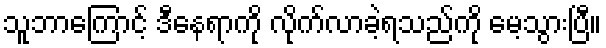
သူဘာကြောင့် ဒီနေရာကို လိုက်လာခဲ့ရသည်ကို မေ့သွားပြီ။